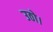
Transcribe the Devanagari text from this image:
उठो।